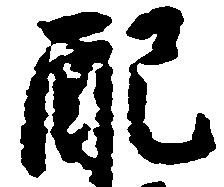
配